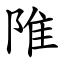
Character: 陮